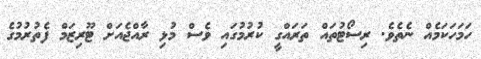
ހަމަހަކަމެއް ނެތެވެ. ރިސޯޓުތައް ތަރައްގީ ކުރުމުގައި ވެސް މުޅި ރާއްޖެއަށް ޓޫރިޒަމް ފެތުރުމުގެ